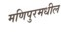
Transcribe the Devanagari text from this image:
मणिपुरमधील